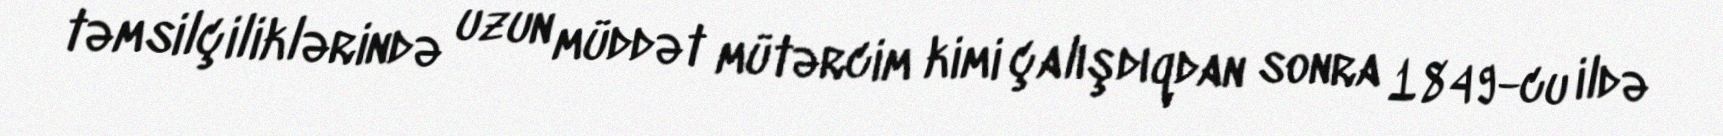
təmsilçiliklərində uzun müddət mütərcim kimi çalışdıqdan sonra 1849-cu ildə